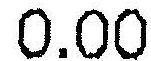
0.00